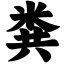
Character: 粪